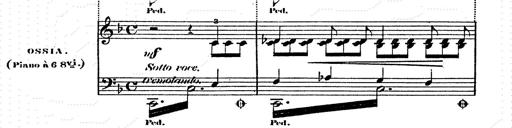
Title: Franz Schuberts geistliche Lieder
Composer: Franz Liszt